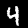
Label: 4